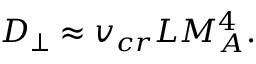
D _ { \perp } \approx v _ { c r } L M _ { A } ^ { 4 } .